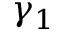
\gamma _ { 1 }